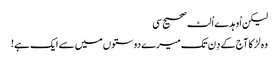
لیکن اُوہدے اُلٹ صحیح سی
وہ لڑکا آج کے دِن تک میرے دوستوں میں سے ایک ہے!